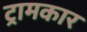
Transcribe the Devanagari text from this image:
ट्रामकार